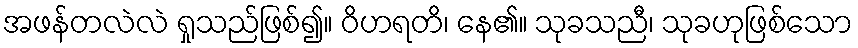
အဖန်တလဲလဲ ရှုသည်ဖြစ်၍။ ဝိဟရတိ၊ နေ၏။ သုခသညီ၊ သုခဟုဖြစ်သော